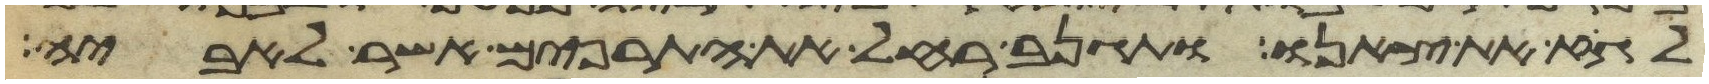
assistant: לגוז את צאנו ותגנב רחל את התרפים אשר לאביה